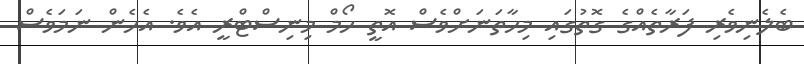
ބެލެނިވެރި ފަރާތެއްގެ ގޮތުގައި މިހާތަނަށްވެސް އޮތީ ހޯމް މިނިސްޓްރީ އެވެ. އެހެން ނަމަވެސް